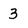
Character: 3